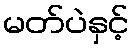
မတ်ပဲနှင့်